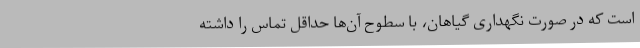
است که در صورت نگهداری گیاهان، با سطوح آن‌ها حداقل تماس را داشته